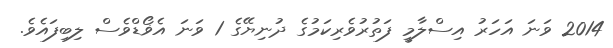
2014 ވަނަ އަހަރު އިސްލާމީ ފަތުރުވެރިކަމުގެ ދުނިޔޭގެ 1 ވަނަ އެޥޯޑްވެސް ލިބިފައެވެ.